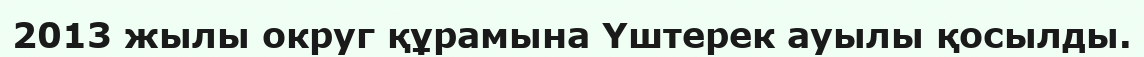
2013 жылы округ құрамына Үштерек ауылы қосылды.